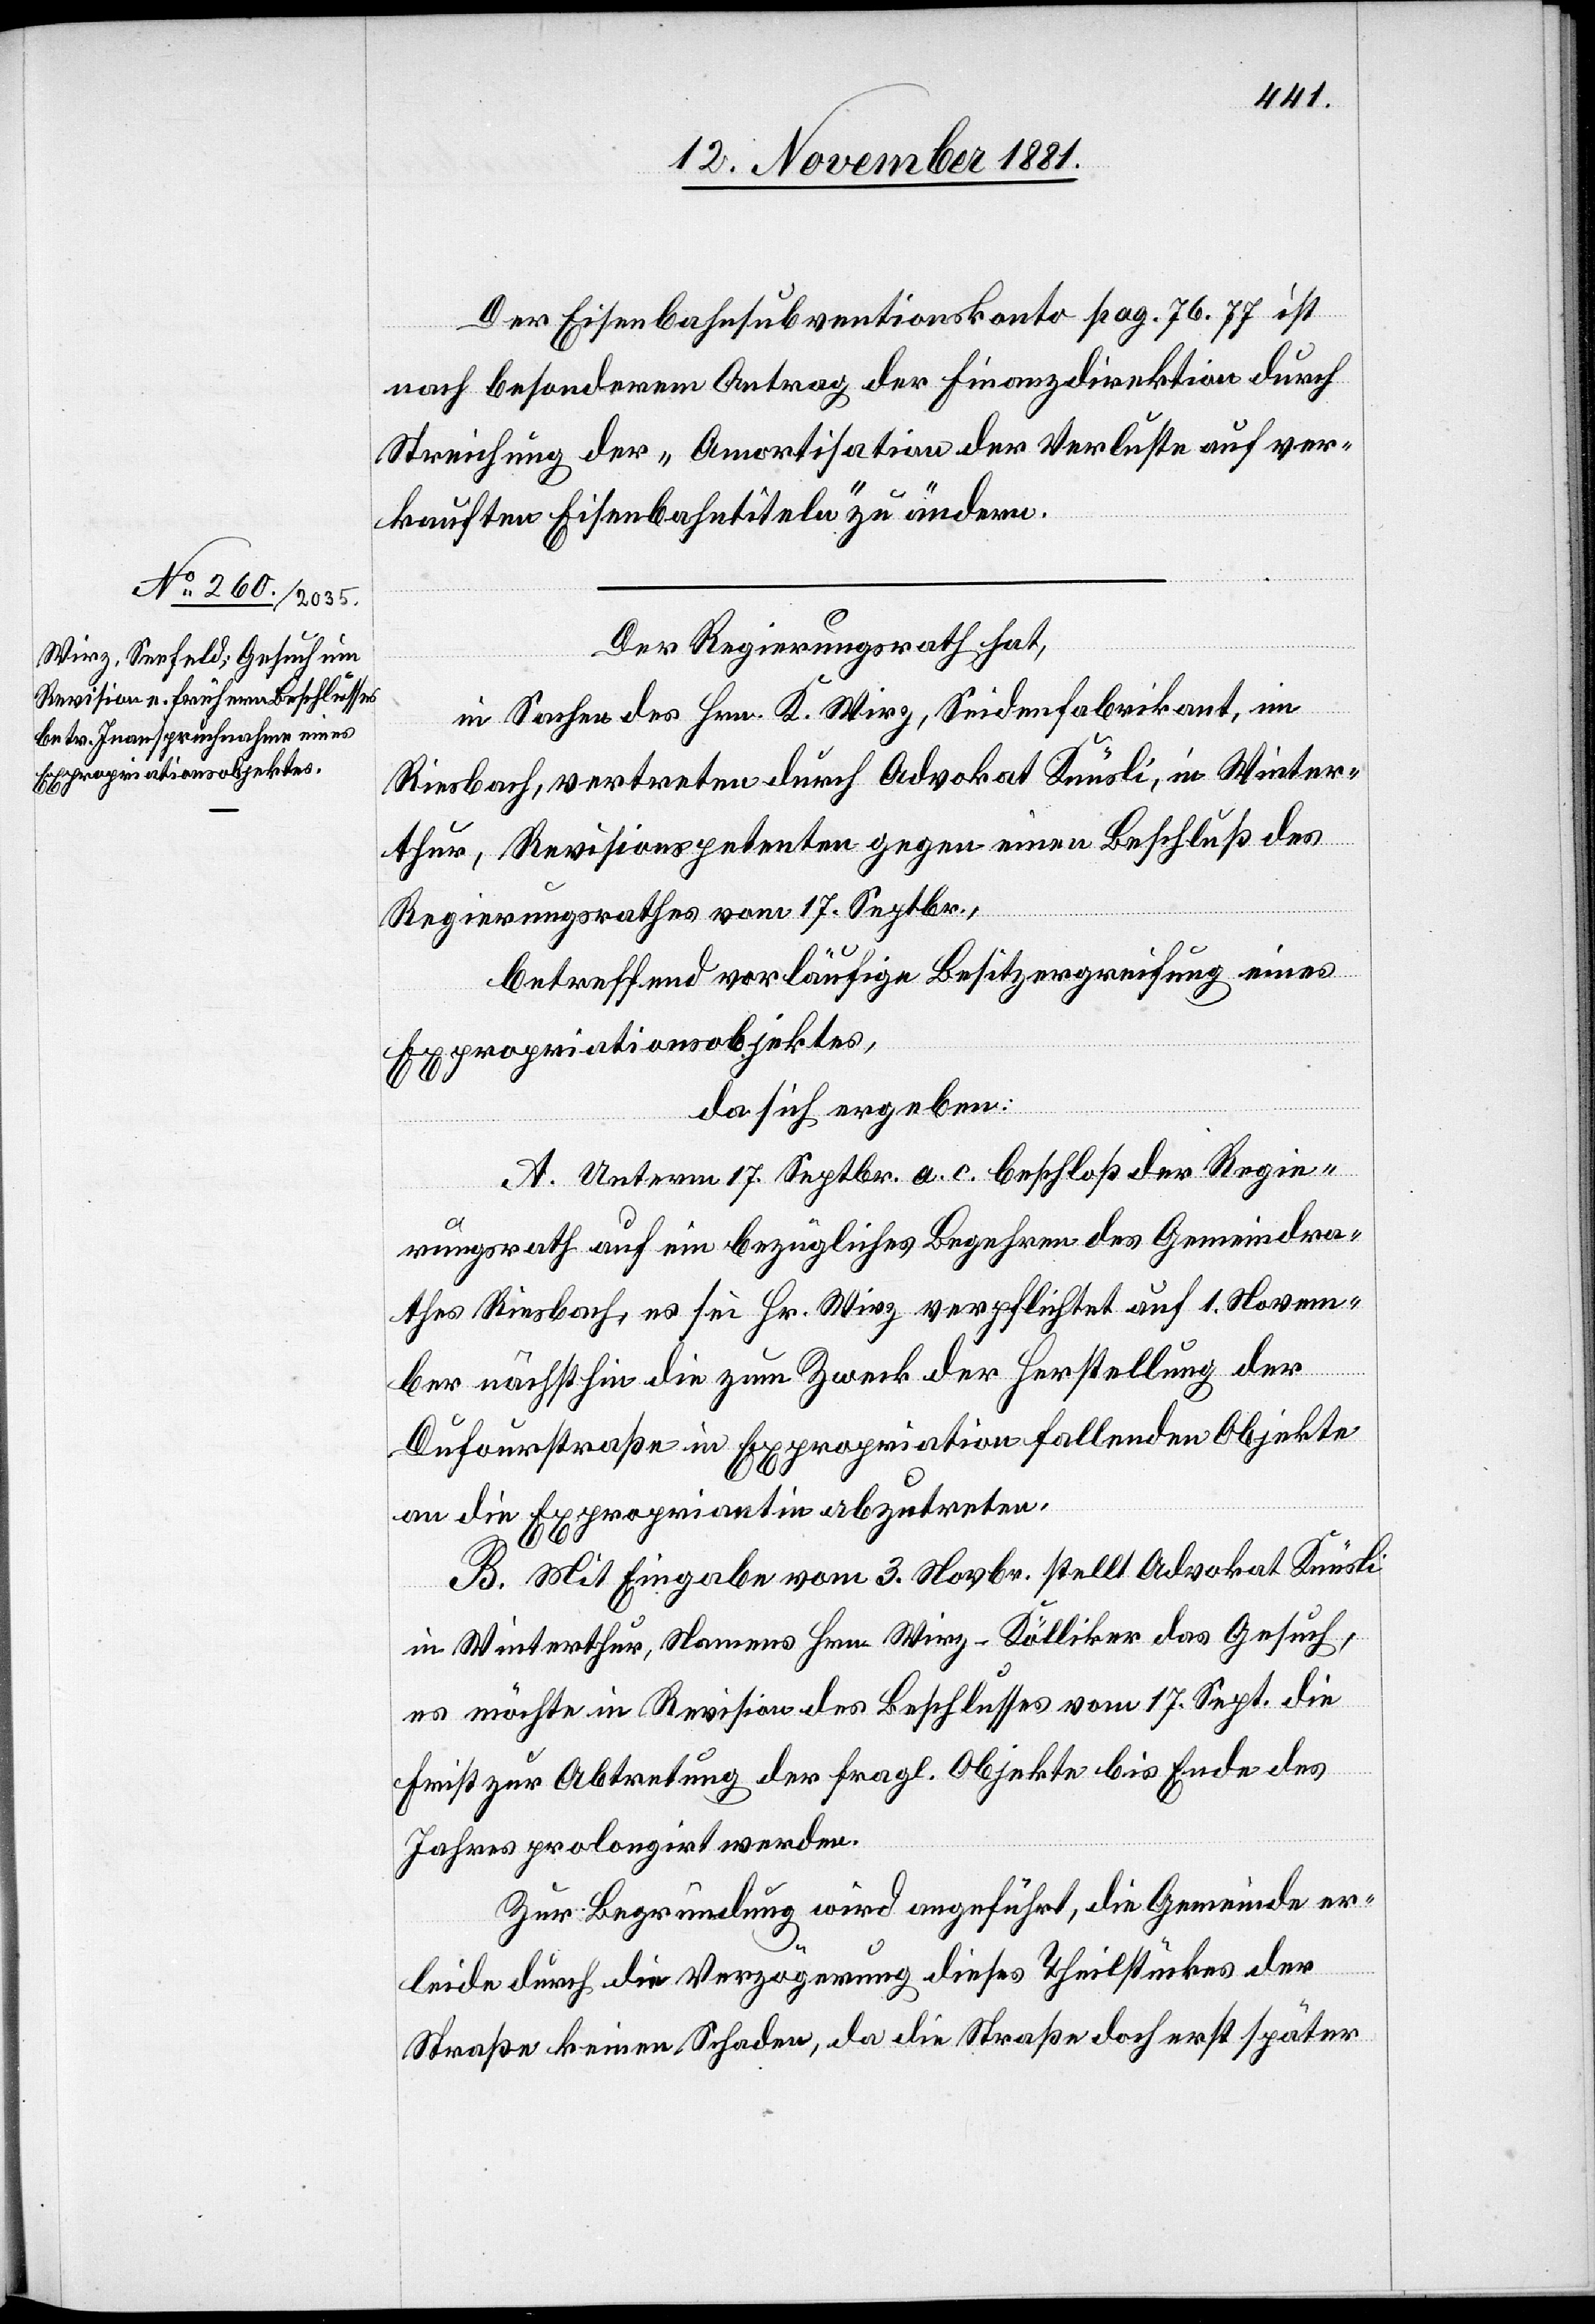
Der Eisenbahnsubventionskonto pag. 76. 77 ist
nach besonderem Antrag der Finanzdirektion durch
Streichung der „Amortisation der Verluste auf ver¬
kauften Eisenbahntiteln“ zu ändern.
Der Regierungsrath hat,
in Sachen des Hrn. K. Wirz, Seidenfabrikant, im
Riesbach, vertreten durch Advokat Knüsli, in Winter¬
thur, Revisionspetenten gegen einen Beschluß des
Regierungsrathes vom 17. Septbr.,
betreffend vorläufige Besitzergreifung eines
Expropriationsobjektes,
da sich ergeben:
A. Unterm 17. Septbr. a. c. beschloß der Regie¬
rungsrath auf ein bezügliches Begehren des Gemeindra¬
thes Riesbach, es sei Hr. Wirz verpflichtet auf 1. Novem¬
ber nächsthin die zum Zweck der Herstellung der
Dufourstraße in Expropriation fallenden Objekte
an die Expropriantin abzutreten.
B. Mit Eingabe vom 3. Novbr. stellt Advokat Knüsli
in Winterthur, Namens Hrn. Wirz-Kölliker das Gesuch,
es möchte in Revision des Beschlusses vom 17. Sept. die
Frist zur Abtretung der fragl. Objekte bis Ende des
Jahres prolongirt werden.
Zur Begründung wird angeführt, die Gemeinde er¬
leide durch die Verzögerung dieses Theilstückes der
Straße keinen Schaden, da die Straße doch erst später